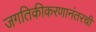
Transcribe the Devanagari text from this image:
जगतिकीकरणानंतरची